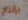
بإنتاج